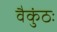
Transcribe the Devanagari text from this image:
वैकुंठः